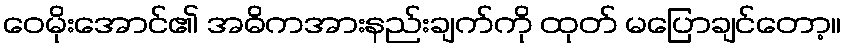
ဝေမိုးအောင်၏ အဓိကအားနည်းချက်ကို ထုတ် မပြောချင်တော့။